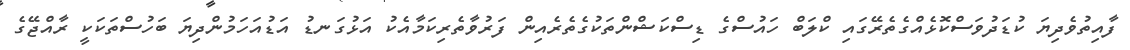
ފާއިތުވެދިޔަ ކުޑަދުވަސްކޮޅެއްގެތެރޭގައި ކްލަބް ހައުސްގެ ޑިސްކަޝްންތަކުގެތެރެއިން ފަރުވާތެރިކަމާއެކު އަޅުގަނޑު އަޑުއަހަމުންދިޔަ ބަހުސްތަކަކީ ރާއްޖޭގެ